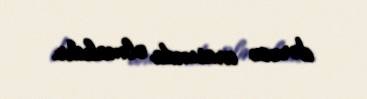
dərəcə arasında olmalıdır.